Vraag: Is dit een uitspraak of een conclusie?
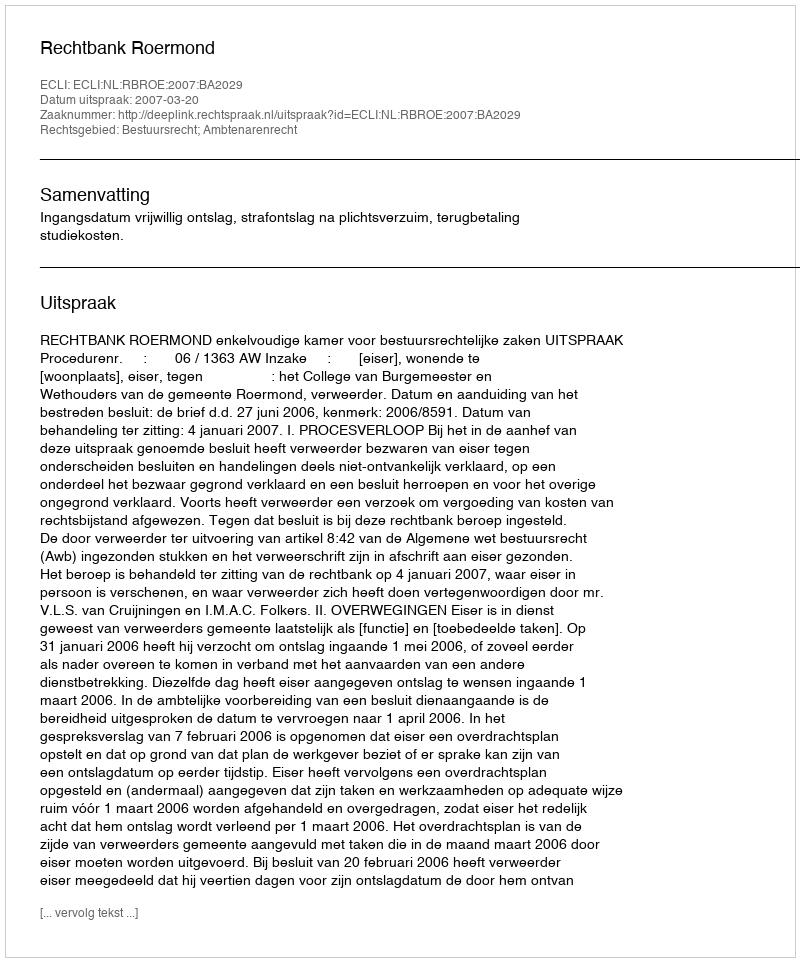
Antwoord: Uitspraak